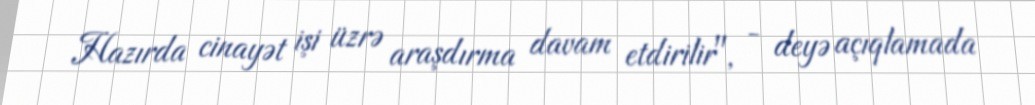
Hazırda cinayət işi üzrə araşdırma davam etdirilir", - deyə açıqlamada